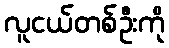
လူငယ်တစ်ဦးကို